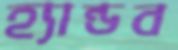
হ্যান্ডব